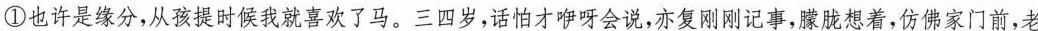
①也许是缘分,从孩提时候我就喜欢了马。三四岁,话怕才咿呀会说,亦复刚刚记事,朦胧想着,仿佛家门前,老